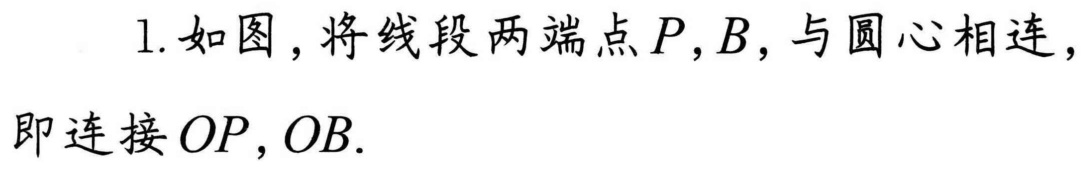
1. 如图，将线段两端点\(P,B\)，与圆心相连，即连接\(OP,OB\).